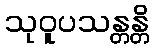
သုဝူပသန္တန္တိ